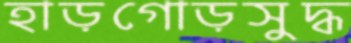
হাড়গোড়সুদ্ধ